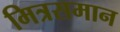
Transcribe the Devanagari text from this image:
मित्रसमान